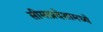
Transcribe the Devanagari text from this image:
सीमाप्रदेशामध्ये